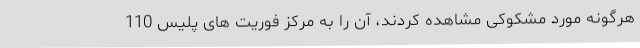
هرگونه مورد مشکوکی مشاهده کردند، آن را به مرکز فوریت های پلیس 110